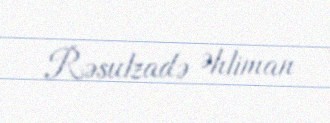
Rəsulzadə Əhliman